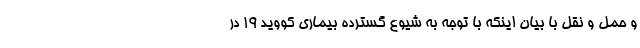
و حمل و نقل با بیان اینکه با توجه به شیوع گسترده بیماری کووید ۱۹ در